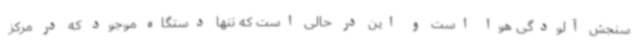
سنجش آلودگی هوا است و این در حالی است که تنها دستگاه موجود که در مرکز